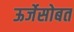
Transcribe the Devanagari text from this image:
ऊर्जेसोबत